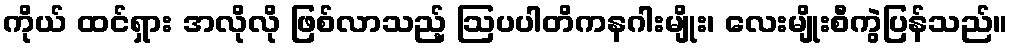
ကိုယ် ထင်ရှား အလိုလို ဖြစ်လာသည့် ဩပပါတိကနဂါးမျိုး၊ လေးမျိုးစီကွဲပြန်သည်။